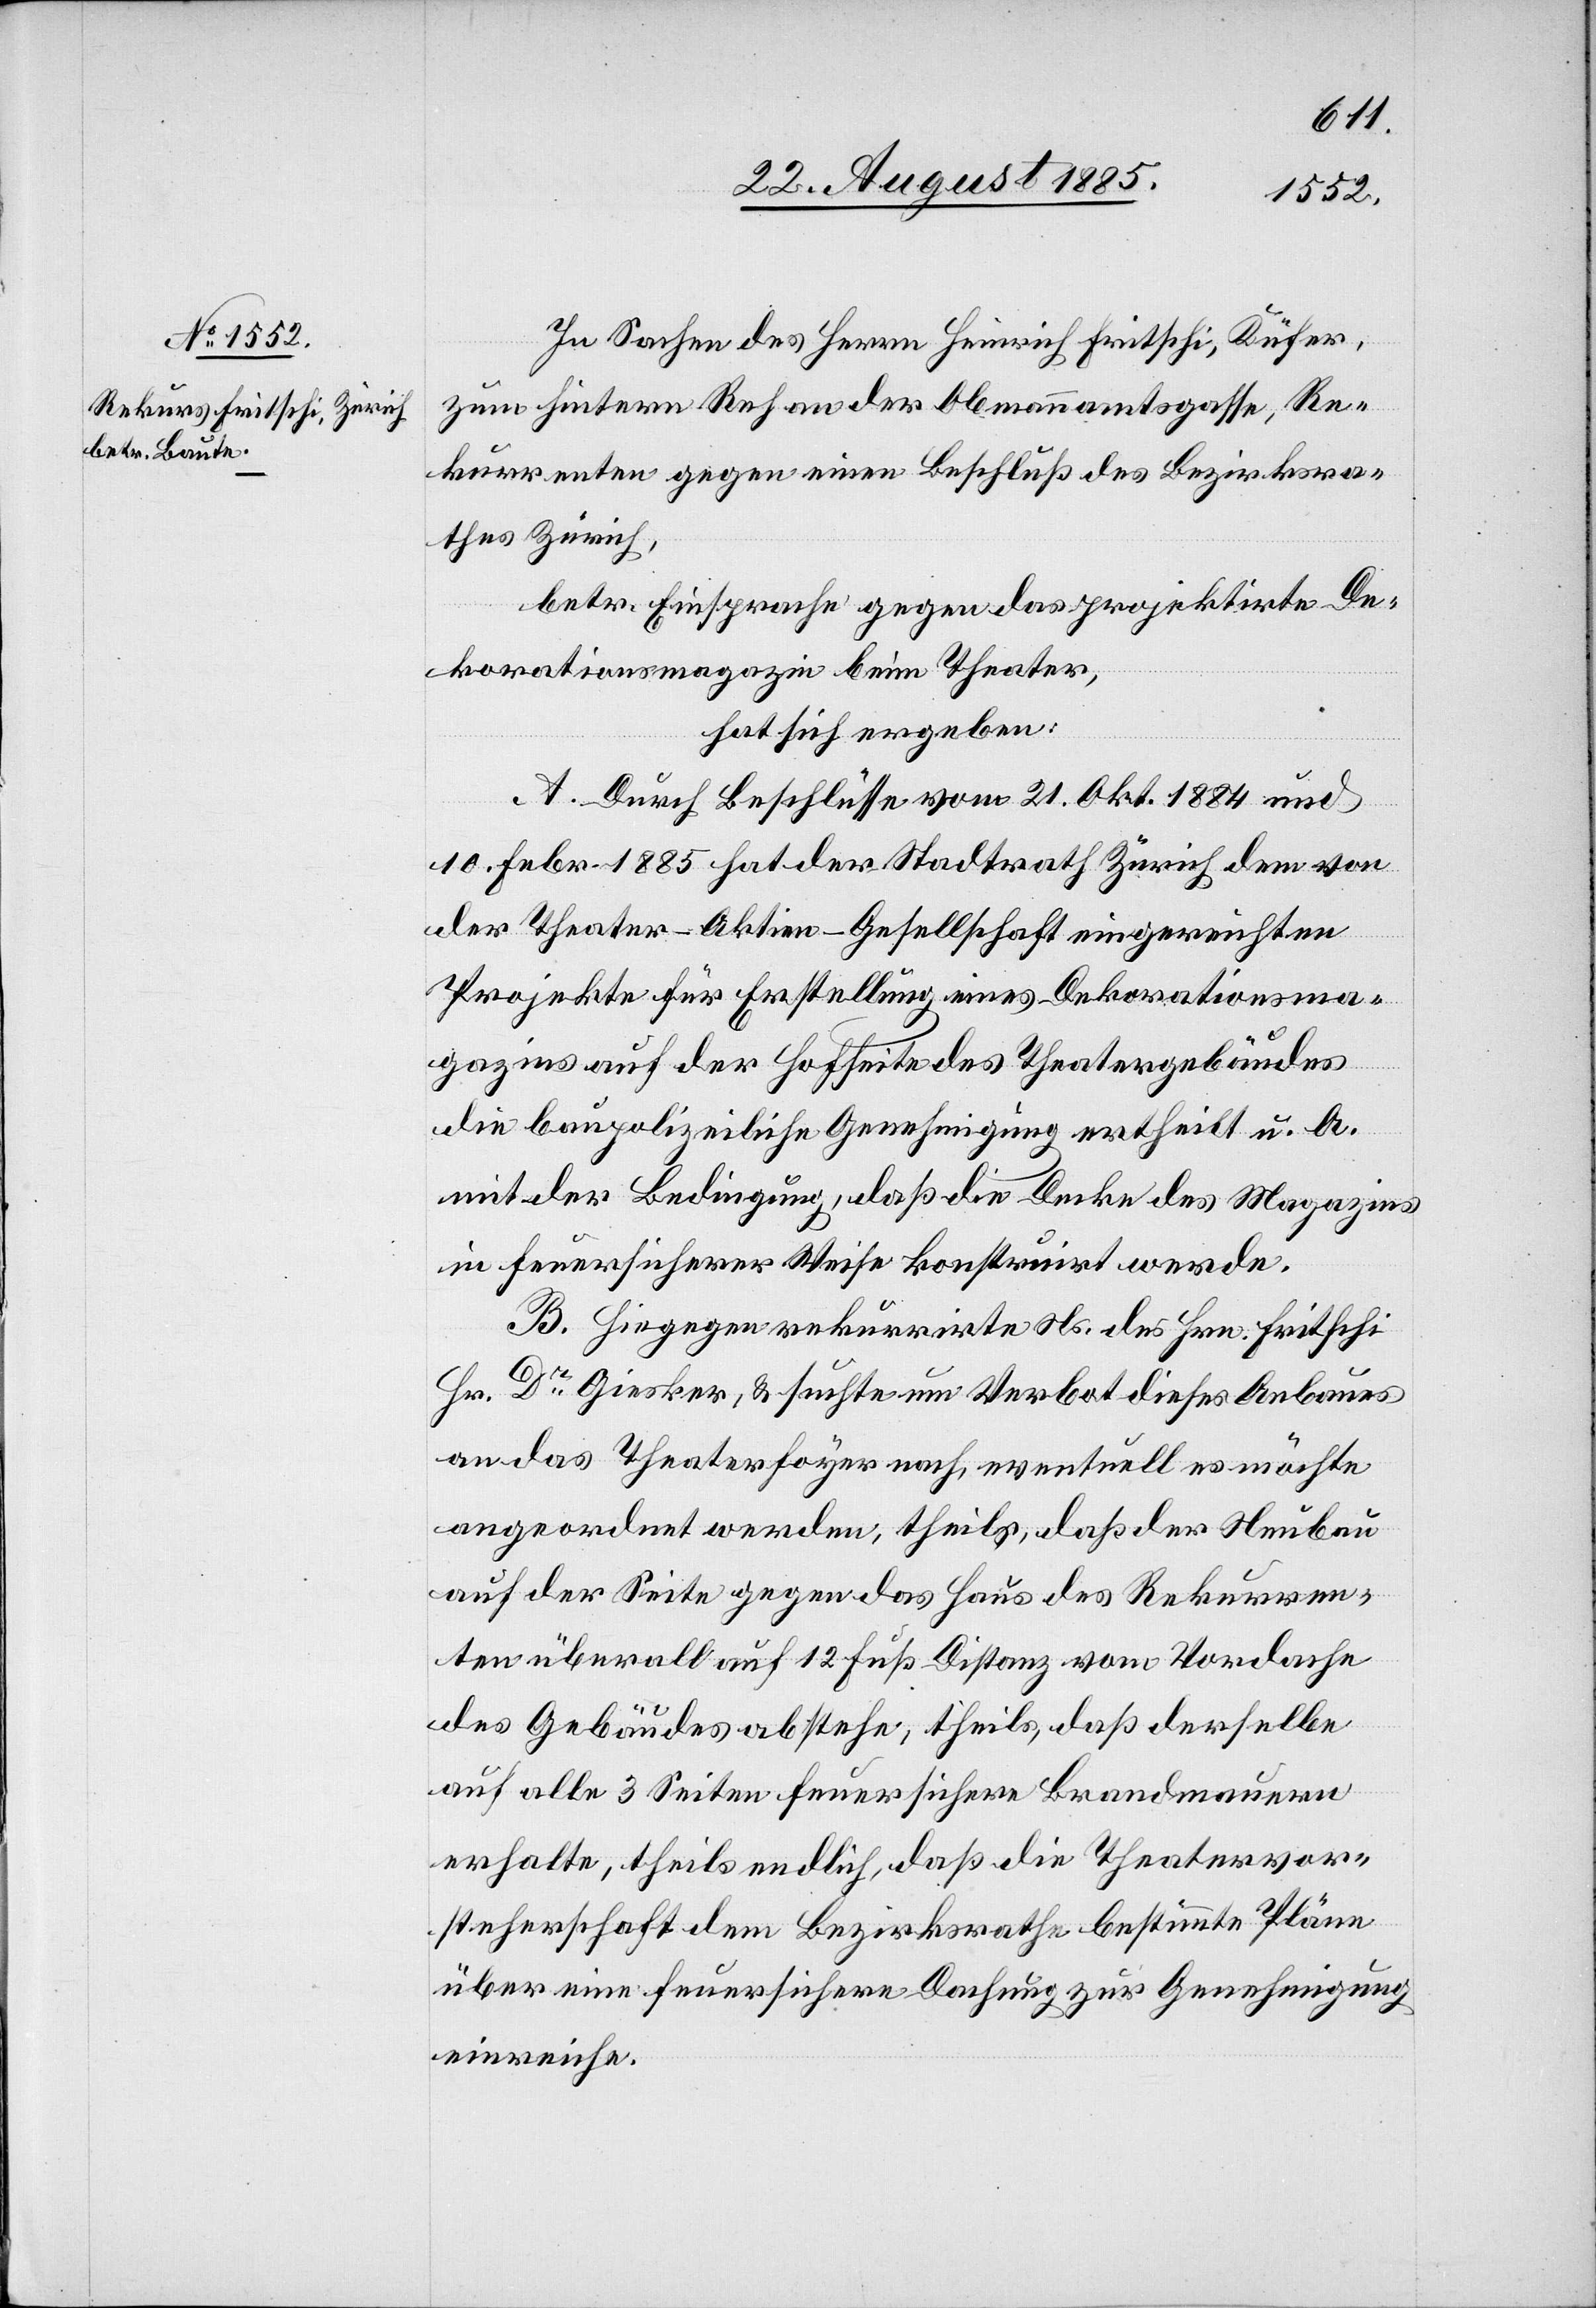
In Sachen des Herrn Heinrich Fritschi, Küfer,
zum hintern Reh an der Obmannamtsgasse, Re¬
kurrenten gegen einen Beschluß des Bezirksra¬
thes Zürich,
betr. Einsprache gegen das projektirte De¬
korationsmagazin beim Theater,
hat sich ergeben:
A. Durch Beschlüsse vom 21. Okt. 1884 und
10. Febr. 1885 hat der Stadtrath Zürich dem von
der Theater-Aktien-Gesellschaft eingereichten
Projekte für Erstellung eines Dekorationsma¬
gazins auf der Hofseite des Theatergebäudes
die baupolizeiliche Genehmigung ertheilt u. A.
mit der Bedingung, daß die Decke des Magazins
in feuersicherer Weise konstruirt werde.
B. Hiegegen rekurrirte Ns. des Hrn. Fritschi
Hr. Dr Giesker, & suchte um Verbot dieses Anbaues
an das Theaterfoyer nach, eventuell es möchte
angeordnet werden, theils, daß der Neubau
auf der Seite gegen das Haus des Rekurren¬
ten überall auf 12 Fuß Distanz vom Vordache
des Gebäudes abstehe, theils, daß derselbe
auf alle 3 Seiten feuersichere Brandmauern
erhalte, theils endlich, daß die Theatervor¬
steherschaft dem Bezirksrathe bestimmte Pläne
über eine feuersichere Dachung zur Genehmigung
einreiche.